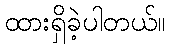
ထားရှိခဲ့ပါတယ်။